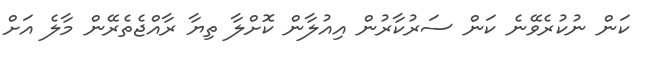
ކަން ނުކުރެވޭނެ ކަން ސަރުކާރުން އިއުލާން ކޮށްލާ ތިޔާ ރާއްޖެތެރޭން މާލެ އަށް